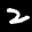
Label: 2